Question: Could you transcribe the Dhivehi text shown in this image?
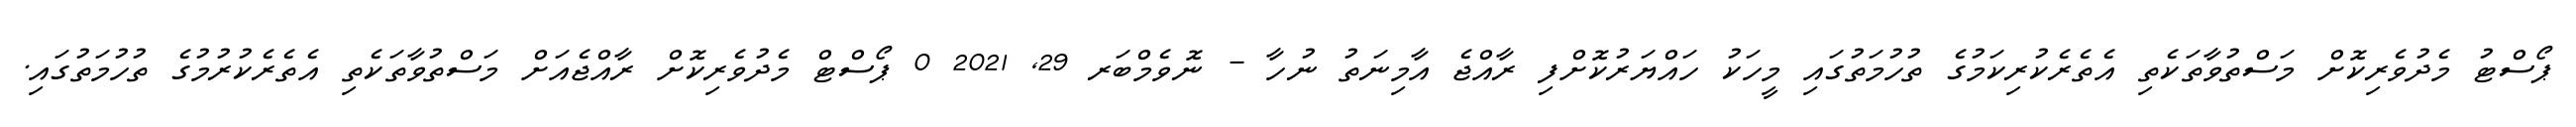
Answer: ޕޯސްޓު މެދުވެރިކޮށް މަސްތުވާތަކެތި އެތެރެކުރިކަމުގެ ތުހުމަތުގައި މީހަކު ހައްޔަރުކޮށްފި ރާއްޖެ އާމިނަތު ނުހާ - ނޮވެމްބަރ 29, 2021 0 ޕޯސްޓް މެދުވެރިކޮށް ރާއްޖެއަށް މަސްތުވާތަކެތި އެތެރެކުރުމުގެ ތުހުމަތުގައި.